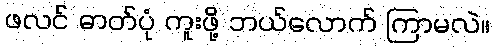
ဖလင် ဓာတ်ပုံ ကူးဖို့ ဘယ်လောက် ကြာမလဲ။